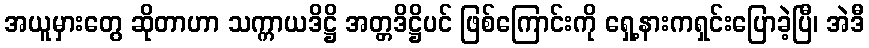
အယူမှားတွေ ဆိုတာဟာ သက္ကာယဒိဋ္ဌိ အတ္တဒိဋ္ဌိပင် ဖြစ်ကြောင်းကို ရှေ့နားကရှင်းပြောခဲ့ပြီ၊ အဲဒီ